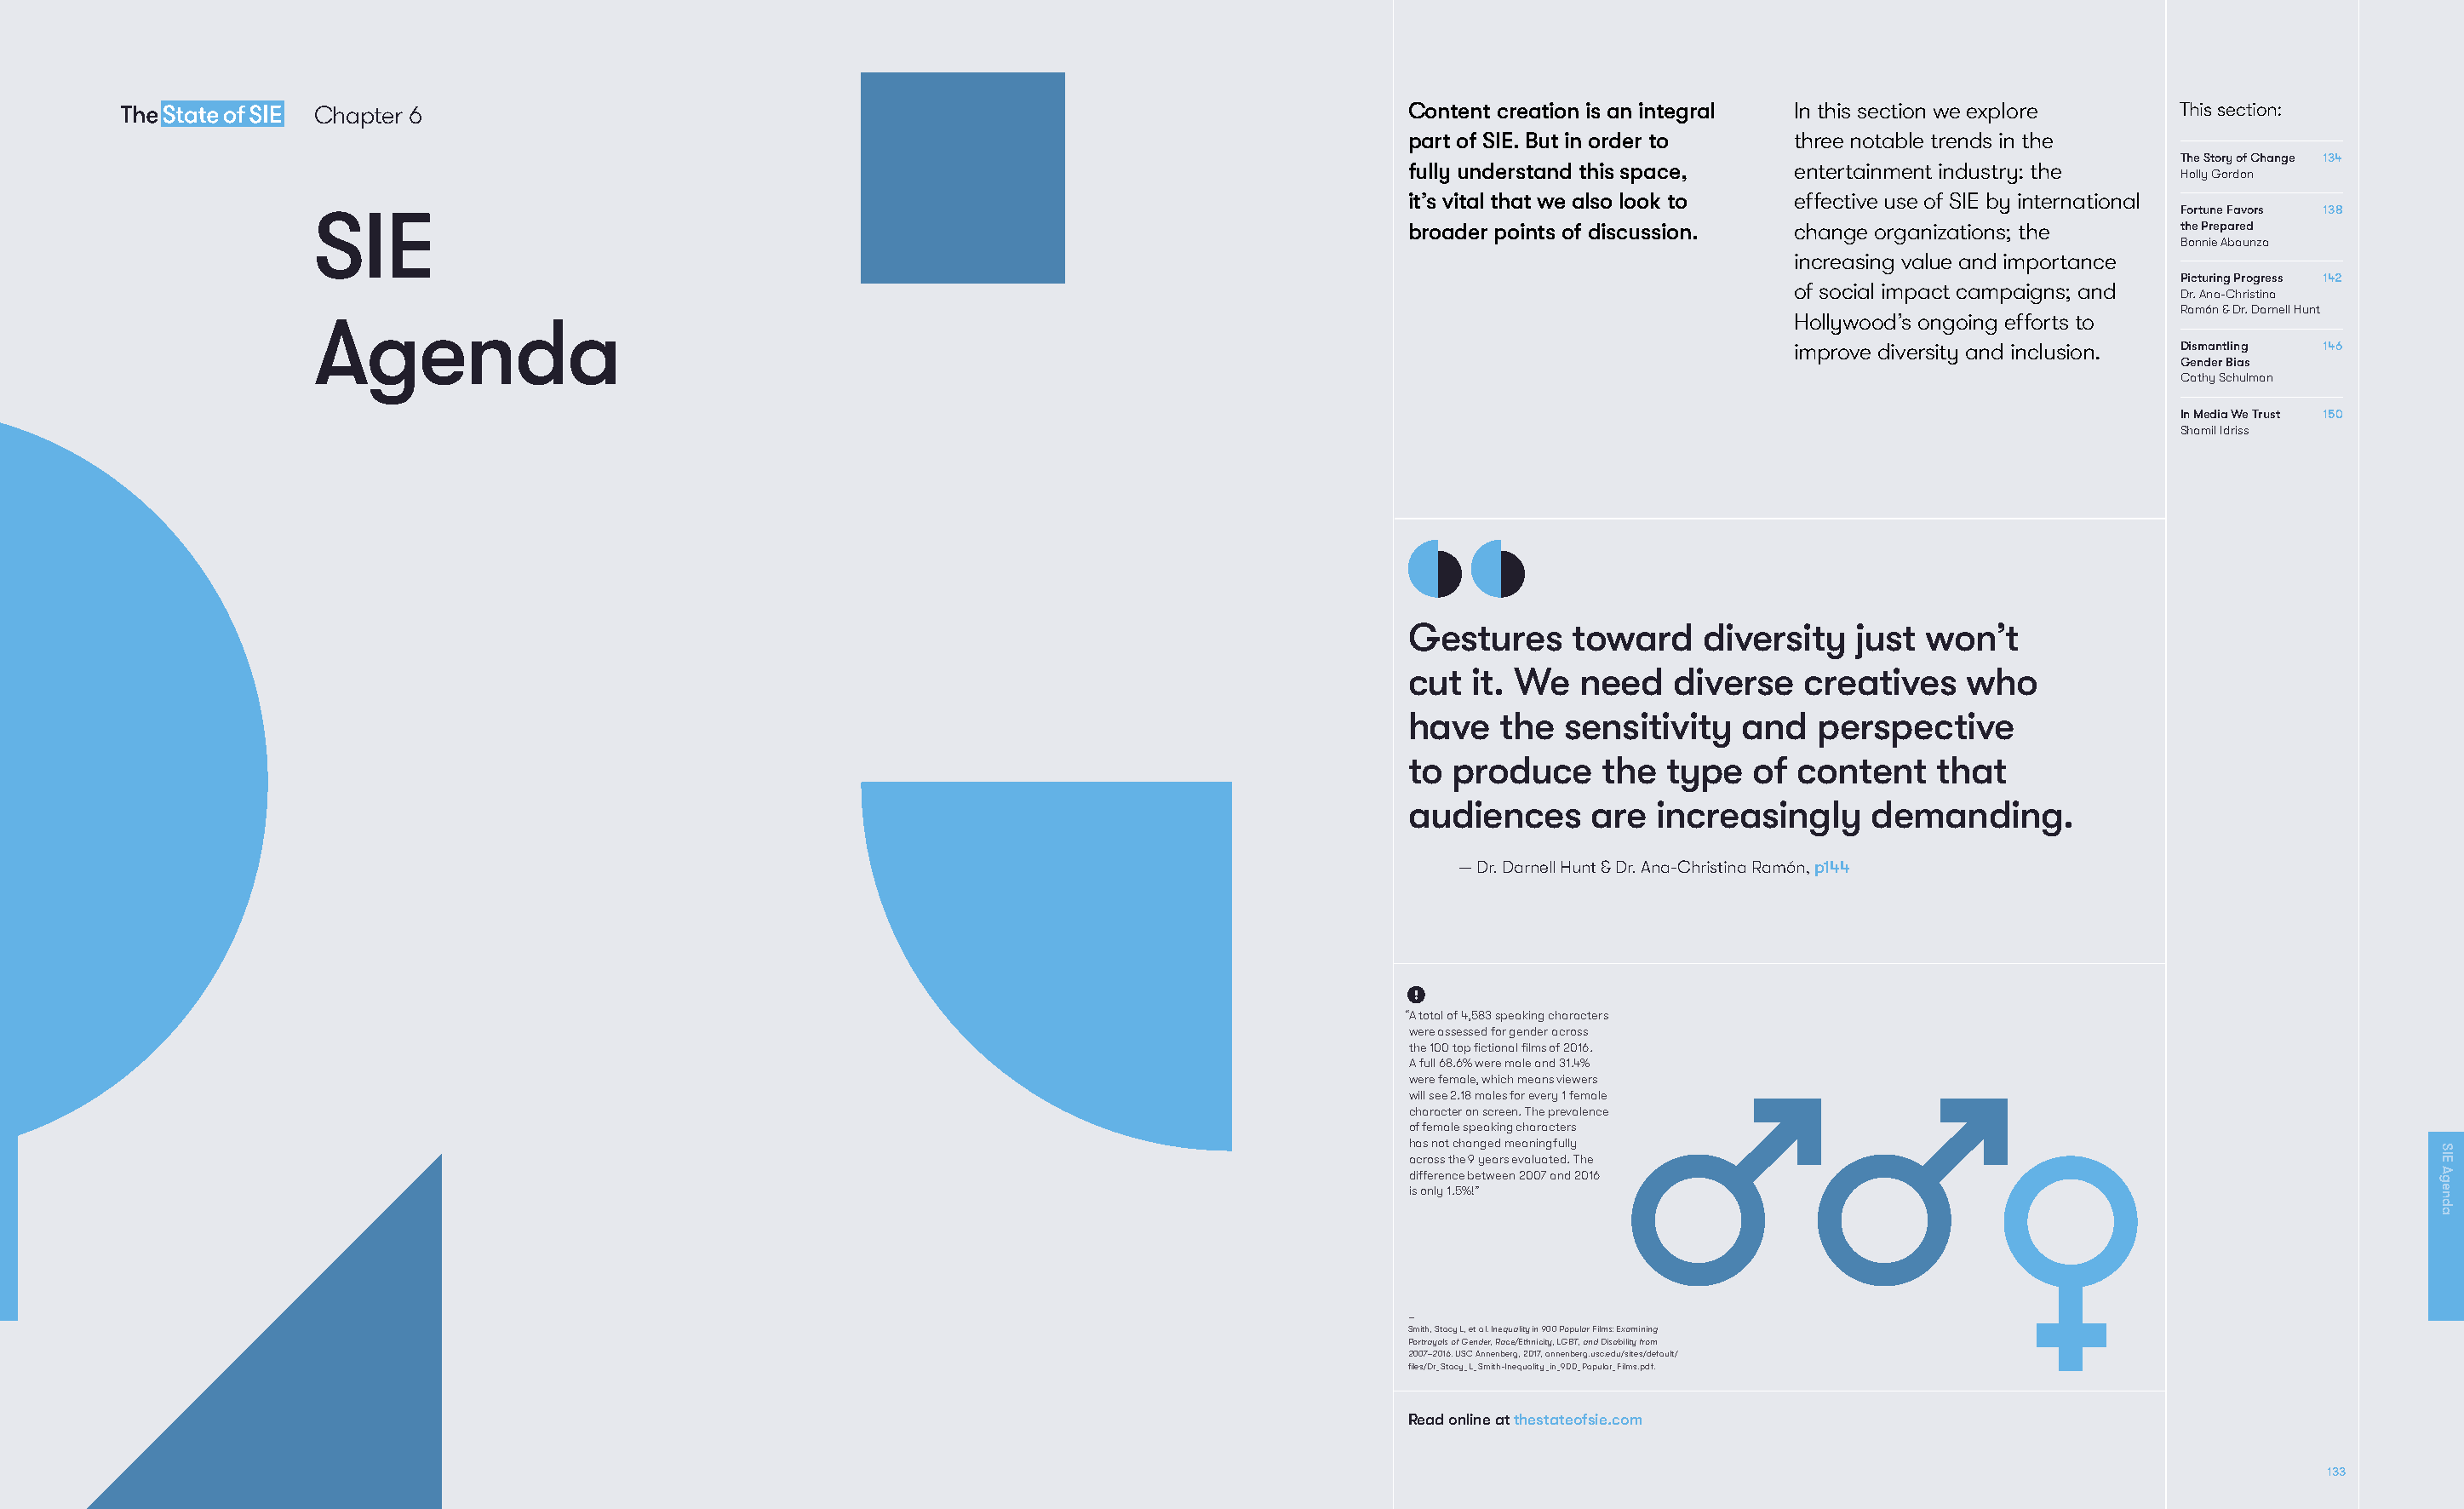
Chapter 6                                                                            Content creation is an integral In this section we explore   This section:
 part of SIE. But in order to   three notable trends in the
 The Story of Change 134
 fully understand this space,   entertainment industry: the
 Holly Gordon
 it’s vital that we also look to effective use of SIE by international
 SIE                                                                                                                                               Fortune Favors 138
 broader points of discussion.  change organizations; the     the Prepared
 Bonnie Abaunza
 increasing value and importance
 Picturing Progress 142
 of social impact campaigns; and
 Dr. Ana-Christina
 Ramón & Dr. Darnell Hunt
 Agenda                                                                                                              Hollywood’s ongoing efforts to
 improve diversity and inclusion. Dismantling 146
 Gender Bias
 Cathy Schulman
 In Media We Trust 150
 Shamil Idriss
 Gestures     toward    diversity   just  won’t
 cut  it. We   need   diverse   creatives    who
 have    the  sensitivity  and   perspective
 to  produce     the  type  of  content    that
 audiences      are  increasingly    demanding.
 — Dr. Darnell Hunt & Dr. Ana-Christina Ramón, p144
 “ A total of 4,583 speaking characters
 were assessed for gender across
 the 100 top fictional films of 2016.
 A full 68.6% were male and 31.4%
 were female, which means viewers
 will see 2.18 males for every 1 female
 character on screen. The prevalence
 of female speaking characters
 has not changed meaningfully
 across the 9 years evaluated. The
 difference between 2007 and 2016
 is only 1.5%!”
 —
 Smith, Stacy L, et al. Inequality in 900 Popular Films: Examining
 Portrayals of Gender, Race/Ethnicity, LGBT, and Disability from
 2007–2016. USC Annenberg, 2017, annenberg.usc.edu/sites/default/
 files/Dr_Stacy_L_Smith-Inequality_in_900_Popular_Films.pdf.
 Read online at thestateofsie.com
 133
 SIE
 Agenda